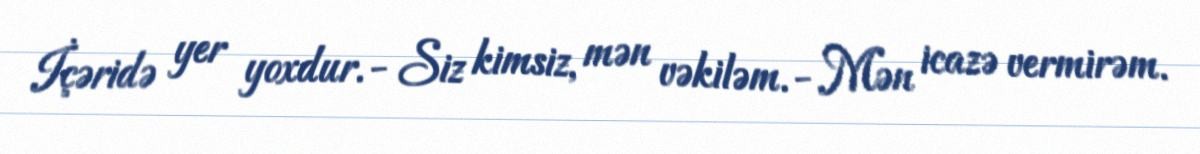
İçəridə yer yoxdur.- Siz kimsiz, mən vəkiləm.- Mən icazə vermirəm.